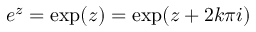
e ^ { z } = \exp ( z ) = \exp ( z + 2 k \pi i )